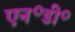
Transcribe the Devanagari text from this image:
एन॰डी॰